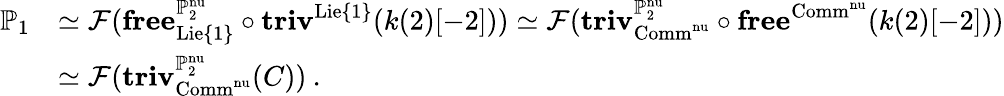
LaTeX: \begin{array}{rl}{\mathbb{P}_{1}}&{\simeq\mathcal{F}(\mathbf{free}_{\mathrm{Lie}\{ 1\} }^{\mathbb{P}_{2}^{\mathrm{nu}}}\circ\mathbf{triv}^{\mathrm{Lie}\{ 1\} }(k(2)[-2]))\simeq\mathcal{F}(\mathbf{triv}_{\mathrm{Comm}^{\mathrm{nu}}}^{\mathbb{P}_{2}^{\mathrm{nu}}}\circ\mathbf{free}^{\mathrm{Comm}^{\mathrm{nu}}}(k(2)[-2]))}\\ &{\simeq\mathcal{F}(\mathbf{triv}_{\mathrm{Comm}^{\mathrm{nu}}}^{\mathbb{P}_{2}^{\mathrm{nu}}}(C))\: .}\end{array}